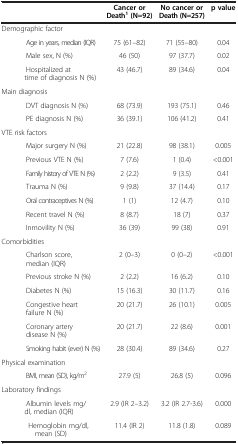
|  | Cancer or Death1 (N=92) | No cancer or Death (N=257) | p value |
 | --- | --- | --- | --- |
 | Demographic factor |  |  |  |
 | Age in years, median (IQR) | 75 (61–82) | 71 (55–80) | 0.04 |
 | Male sex, N (%) | 46 (50) | 97 (37.7) | 0.02 |
 | Hospitalized at time of diagnosis N (%) | 43 (46.7) | 89 (34.6) | 0.04 |
 | Main diagnosis |  |  |  |
 | DVT diagnosis N (%) | 68 (73.9) | 193 (75.1) | 0.46 |
 | PE diagnosis N (%) | 36 (39.1) | 106 (41.2) | 0.41 |
 | VTE risk factors |  |  |  |
 | Major surgery N (%) | 21 (22.8) | 98 (38.1) | 0.005 |
 | Previous VTE N (%) | 7 (7.6) | 1 (0.4) | <0.001 |
 | Family history of VTE N (%) | 2 (2.2) | 9 (3.5) | 0.41 |
 | Trauma N (%) | 9 (9.8) | 37 (14.4) | 0.17 |
 | Oral contraceptives N (%) | 1 (1) | 12 (4.7) | 0.10 |
 | Recent travel N (%) | 8 (8.7) | 18 (7) | 0.37 |
 | Inmovility N (%) | 36 (39) | 99 (38) | 0.91 |
 | Comorbidities |  |  |  |
 | Charlson score, median (IQR) | 2 (0–3) | 0 (0–2) | <0.001 |
 | Previous stroke N (%) | 2 (2.2) | 16 (6.2) | 0.10 |
 | Diabetes N (%) | 15 (16.3) | 30 (11.7) | 0.16 |
 | Congestive heart failure N (%) | 20 (21.7) | 26 (10.1) | 0.005 |
 | Coronary artery disease N (%) | 20 (21.7) | 22 (8.6) | 0.001 |
 | Smoking habit (ever) N (%) | 28 (30.4) | 89 (34.6) | 0.27 |
 | Physical examination |  |  |  |
 | BMI, mean (SD), kg/m2 | 27.9 (5) | 26.8 (5) | 0.096 |
 | Laboratory findings |  |  |  |
 | Albumin levels mg/dl, median (IQR) | 2.9 (IR 2–3.2) | 3.2 (IR 2.7-3.6) | 0.000 |
 | Hemoglobin mg/dl, mean (SD) | 11.4 (IR 2) | 11.8 (1.8) | 0.089 |